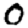
Digit: 0